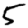
Digit: 5